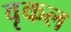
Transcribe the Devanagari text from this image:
वृकल